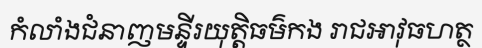
កំលាំងជំនាញមន្ទីរយុត្តិធម៌កង រាជអាវុធហត្ថ